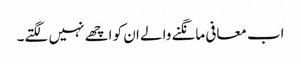
اب معافی مانگنے والے ان کو اچھے نہیں لگتے۔